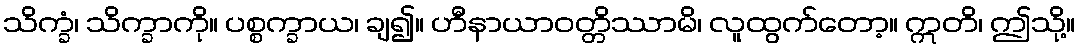
သိက္ခံ၊ သိက္ခာကို။ ပစ္စက္ခာယ၊ ချ၍။ ဟီနာယာဝတ္တိဿာမိ၊ လူထွက်တော့။ ဣတိ၊ ဤသို့။